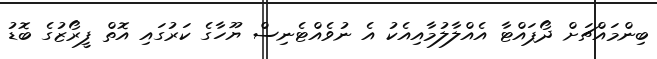
ބިންމައްޗަށް ދޯޕައްޓާ އެއްލާލުމާއިއެކު އެ ނުވެއްޓެނިސް ޔޫހާގެ ކަރުގައި އޮތް ފީރޯޒުގެ ބޮޑު